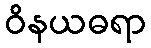
ဝိနယဓရာ